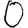
Digit: 0